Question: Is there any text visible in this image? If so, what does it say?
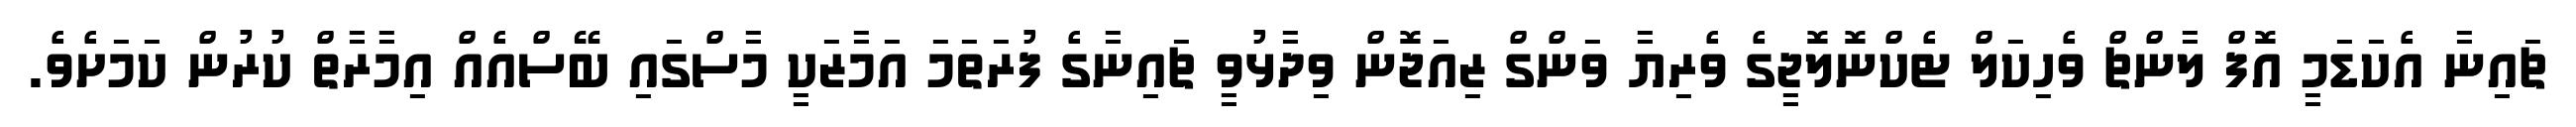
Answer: ޗައިނާ އެކަޑަމީ އޮފް ލާންޗް ވެހިކަލް ޓެކްނޮލޮޖީގެ ވެރިޔާ ވަންގް ޒިއަޖޮން ވިދާޅުވީ ޗައިނާގެ ފުރަތަމަ އަމާޒަކީ މާސްގައި ބޭސްއެއް އިމާރާތް ކުރުން ކަމަށެވެ.